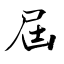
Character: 屆